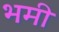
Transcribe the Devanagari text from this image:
भमी